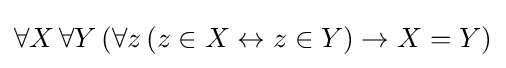
\forall X\,\forall Y\,(\forall z\,(z\in X\leftrightarrow z\in Y)\rightarrow X=Y)